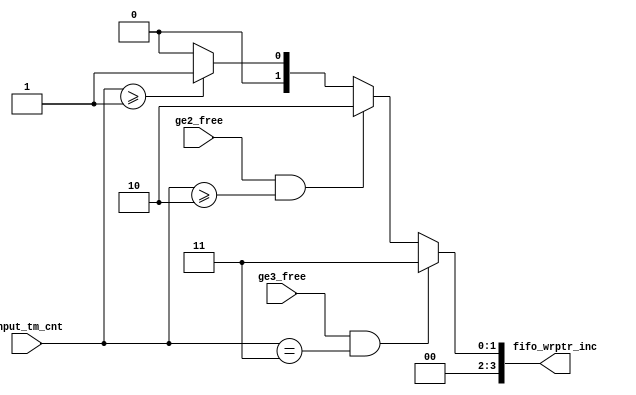
module lab9_soc_nios2_qsys_0_nios2_oci_fifo_wrptr_inc (
                                                         ge2_free,
                                                         ge3_free,
                                                         input_tm_cnt,
                                                         fifo_wrptr_inc
                                                      )
;
  output  [  3: 0] fifo_wrptr_inc;
  input            ge2_free;
  input            ge3_free;
  input   [  1: 0] input_tm_cnt;
  reg     [  3: 0] fifo_wrptr_inc;
  always @(ge2_free or ge3_free or input_tm_cnt)
    begin
      if (ge3_free & (input_tm_cnt == 3))
          fifo_wrptr_inc = 3;
      else if (ge2_free & (input_tm_cnt >= 2))
          fifo_wrptr_inc = 2;
      else if (input_tm_cnt >= 1)
          fifo_wrptr_inc = 1;
      else 
        fifo_wrptr_inc = 0;
    end
endmodule